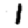
Digit: 1